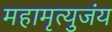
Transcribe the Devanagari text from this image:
महामृत्युजंय